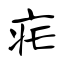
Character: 疟